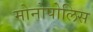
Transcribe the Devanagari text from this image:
मोनोपोलिस